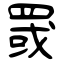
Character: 罭